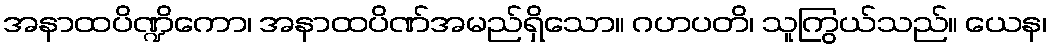
အနာထပိဏ္ဍိကော၊ အနာထပိဏ်အမည်ရှိသော။ ဂဟပတိ၊ သူကြွယ်သည်။ ယေန၊